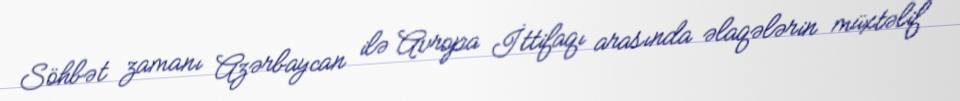
Söhbət zamanı Azərbaycan ilə Avropa İttifaqı arasında əlaqələrin müxtəlif